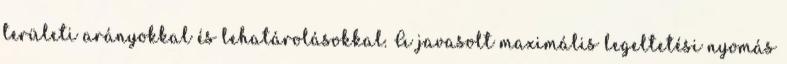
területi arányokkal és lehatárolásokkal. A javasolt maximális legeltetési nyomás